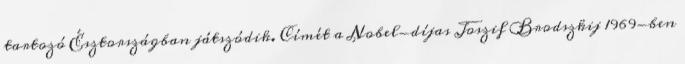
tartozó Észtországban játszódik. Címét a Nobel-díjas Joszif Brodszkij 1969-ben